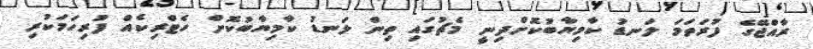
ރާއްޖޭގެ ފުރަތަމަ ލަނޑު ކާމިޔާބުކޮށްދިނީ މެޗުގައި ތިން ލަނޑު ކާމިޔާބުކޮށް ހެޓްރިކެއް ފުރިހަމަކުރި